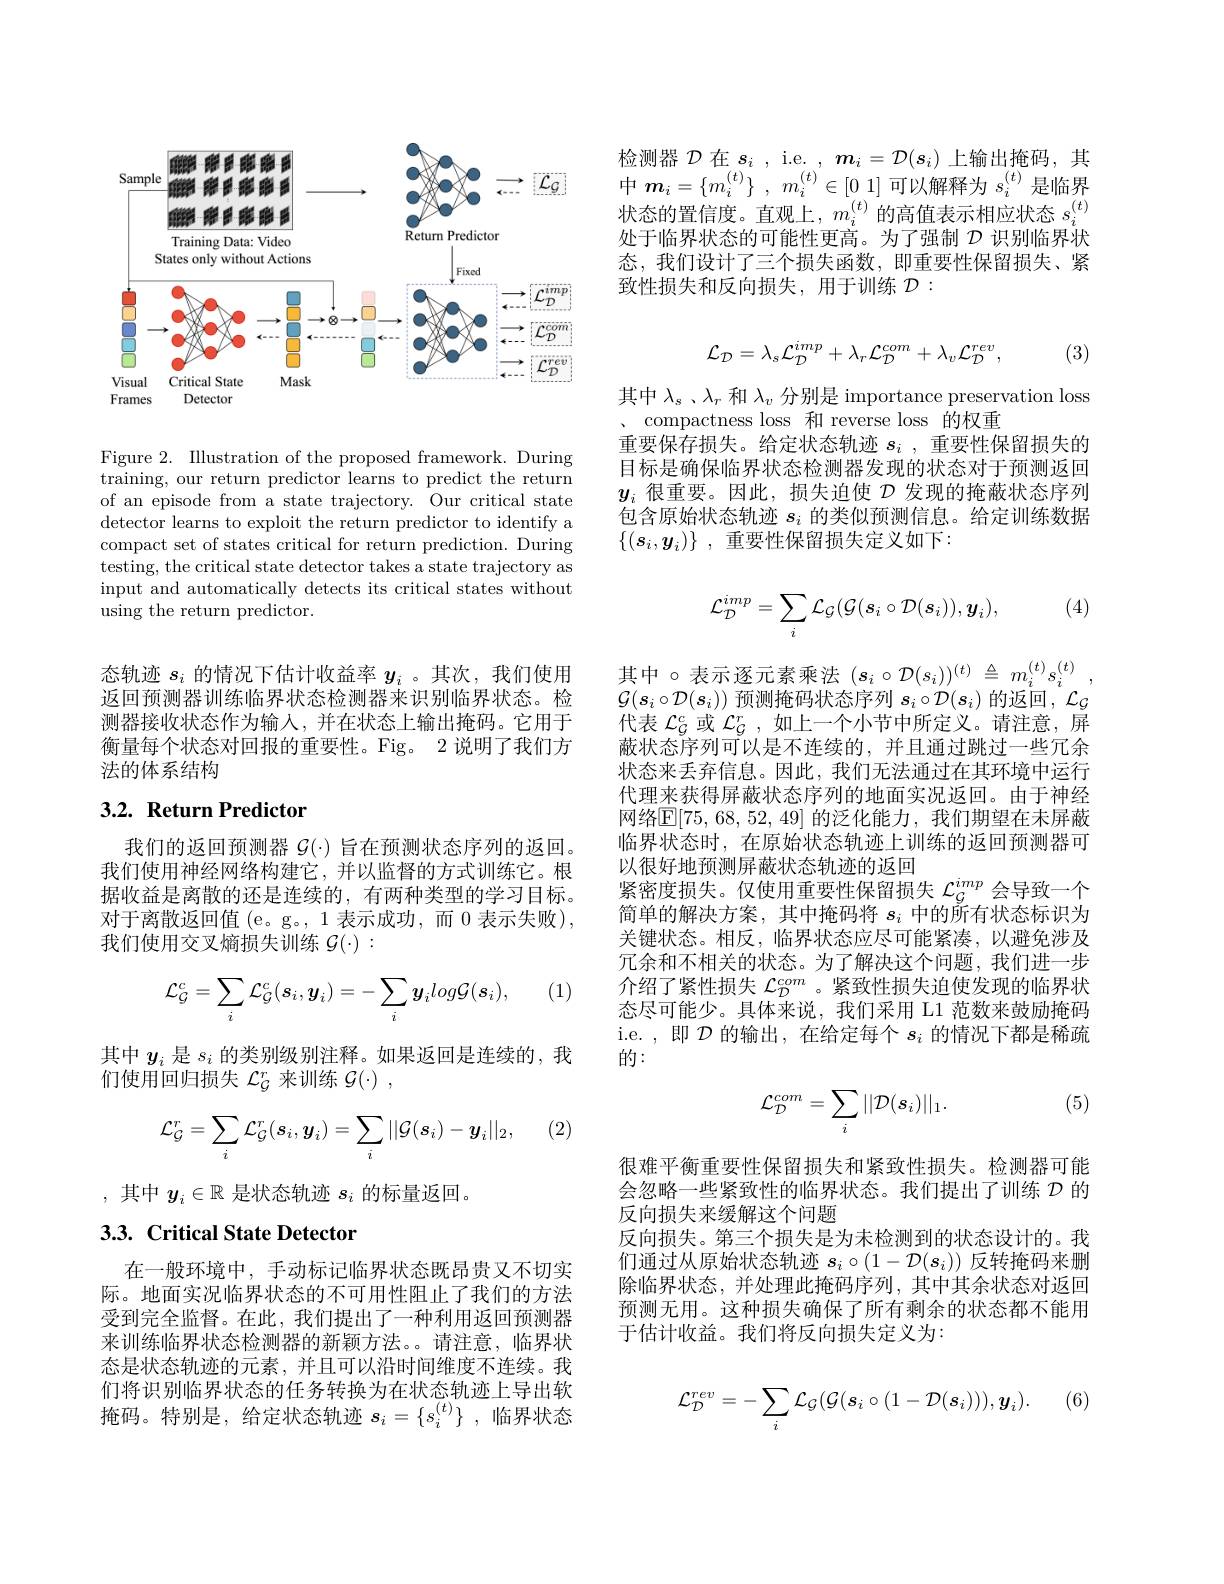
<FigureHere>

Figure 2. Illustration of the proposed framework. During $\bar{\text{training, our return predictor learns to predict the return}}$ of an episode from a state trajectory. Our critical state detector learns to exploit the return predictor to identify a compact set of states critical for return prediction. During testing, the critical state detector takes a state trajectory as input and automatically detects its critical states without using the return predictor.

态轨迹$s_i$的情况下估计收益率$y_i$ 。其次，我们使用返回预测器训练临界状态检测器来识别临界状态。检测器接收状态作为输入，并在状态上输出掩码。它用于衡量每个状态对回报的重要性。Fig。2 说明了我们方法的体系结构

# 3.2. Return Predictor

我们的返回预测器$\mathcal{G}(\cdot)$旨在预测状态序列的返回。我们使用神经网络构建它，并以监督的方式训练它。根据收益是离散的还是连续的，有两种类型的学习目标。对于离散返回值 (e。g。,1 表示成功，而 0 表示失败), 我们使用交叉熵损失训练$\mathcal{G}(\cdot):$

(1)
$$\mathcal{L}_{\mathcal{G}}^{c}=\sum_{i}\mathcal{L}_{\mathcal{G}}^{c}(s_{i},\boldsymbol{y}_{i})=-\sum_{i}\boldsymbol{y}_{i}log\mathcal{G}(\boldsymbol{s}_{i}),$$
其中$y_i$是$s_i$的类别级别注释。如果返回是连续的，我
们使用回归损失$\mathcal{L}_G^r$来训练$\mathcal{G}(\cdot)$,

(2)
$$\mathcal{L}_{\mathcal{G}}^{r}=\sum_{i}\mathcal{L}_{\mathcal{G}}^{r}(\boldsymbol{s}_{i},\boldsymbol{y}_{i})=\sum_{i}||\mathcal{G}(\boldsymbol{s}_{i})-\boldsymbol{y}_{i}||_{2},$$
,其中$y_i\in\mathbb{R}$是状态轨迹$s_i$的标量返回。

# 3.3. Critical State Detector

在一般环境中，手动标记临界状态既昂贵又不切实际。地面实况临界状态的不可用性阻止了我们的方法受到完全监督。在此，我们提出了一种利用返回预测器来训练临界状态检测器的新颖方法。请注意，临界状态是状态轨迹的元素，并且可以沿时间维度不连续。我们将识别临界状态的任务转换为在状态轨迹上导出软掩码。特别是，给定状态轨迹$s_i=\{s_i^{(t)}\}$,临界状态

检测器$\mathcal{D}$在$s_i$ , i.e. $,\boldsymbol m_i=\mathcal{D}(s_i)$上输出掩码，其中$m_{i}= \{ m_{i}^{( t) }\}$ , $m_{i}^{( t) }\in [ 0$ 1]可以解释为$s_i^{(t)}$是临界状态的置信度。直观上，$m_i^{(t)}$的高值表示相应状态$s_i^{(t)}$ 处于临界状态的可能性更高。为了强制$\mathcal{D}$识别临界状态，我们设计了三个损失函数，即重要性保留损失、紧致性损失和反向损失，用于训练$\mathcal{D}:$
$$\mathcal{L}_{\mathcal{D}}=\lambda_{s}\mathcal{L}_{\mathcal{D}}^{imp}+\lambda_{r}\mathcal{L}_{\mathcal{D}}^{com}+\lambda_{v}\mathcal{L}_{\mathcal{D}}^{rev},$$
(3)

其中$\lambda_s$ 、$\lambda_r$和$\lambda_v$分别是 importance preservation loss
 compactness loss 和 reverse loss 的权重
重要保存损失。给定状态轨迹$s_i$ , 重要性保留损失的目标是确保临界状态检测器发现的状态对于预测返回$y_i$很重要。因此，损失迫使$\mathcal{D}$发现的掩蔽状态序列包含原始状态轨迹$s_i$的类似预测信息。给定训练数据$\{ ( s_i, y_i) \}$ , 重要性保留损失定义如下：

(4)
$$\mathcal{L}_{\mathcal{D}}^{imp}=\sum_{i}\mathcal{L}_{\mathcal{G}}(\mathcal{G}(s_{i}\circ\mathcal{D}(s_{i})),\boldsymbol{y}_{i}),$$
其中 $\circ$表示逐元素乘法 $(s_i\circ\mathcal{D}(s_i))^{(t)}\triangleq m_i^{(t)}s_i^{(t)}$ $\mathcal{G}(\boldsymbol{s}_i\circ\mathcal{D}(\boldsymbol{s}_i))$预测掩码状态序列$\boldsymbol s_i\circ\mathcal{D}(\boldsymbol{s}_i)$的返回，$\mathcal{L}_\mathcal{G}$ 代表$\mathcal{L}_{G}^{c}$或$\mathcal{L}_{G}^{r}$,如上一个小节中所定义。请注意，屏蔽状态序列可以是不连续的，并且通过跳过一些冗余状态来丢弃信息。因此，我们无法通过在其环境中运行代理来获得屏蔽状态序列的地面实况返回。由于神经网络E[75,68,52,49] 的泛化能力，我们期望在未屏蔽临界状态时，在原始状态轨迹上训练的返回预测器可以很好地预测屏蔽状态轨迹的返回
紧密度损失。仅使用重要性保留损失$\mathcal{L}_{\mathcal{G}}^{imp}$会导致一个简单的解决方案，其中掩码将$s_i$中的所有状态标识为关键状态。相反，临界状态应尽可能紧凑，以避免涉及冗余和不相关的状态。为了解决这个问题，我们进一步介绍了紧性损失$\mathcal{L}_D^{com}$ 。紧致性损失迫使发现的临界状态尽可能少。具体来说，我们采用 L1 范数来鼓励掩码i.e. ,即$\mathcal{D}$的输出，在给定每个$s_i$的情况下都是稀疏的：

(5)
$$\mathcal{L}_{\mathcal{D}}^{com}=\sum_{i}||\mathcal{D}(s_{i})||_{1}.$$
很难平衡重要性保留损失和紧致性损失。检测器可能会忽略一些紧致性的临界状态。我们提出了训练$\mathcal{D}$的反向损失来缓解这个问题
反向损失。第三个损失是为未检测到的状态设计的。我们通过从原始状态轨迹$s_i\circ(1-\mathcal{D}(s_i))$反转掩码来删除临界状态，并处理此掩码序列，其中其余状态对返回预测无用。这种损失确保了所有剩余的状态都不能用于估计收益。我们将反向损失定义为：

(6)
$$\mathcal{L}_{\mathcal{D}}^{rev}=-\sum_{i}\mathcal{L}_{\mathcal{G}}(\mathcal{G}(s_{i}\circ(1-\mathcal{D}(s_{i}))),\boldsymbol{y}_{i}).$$